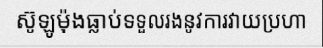
ស៊ូឡូម៉ុងធ្លាប់ទទួលរងនូវការវាយប្រហា